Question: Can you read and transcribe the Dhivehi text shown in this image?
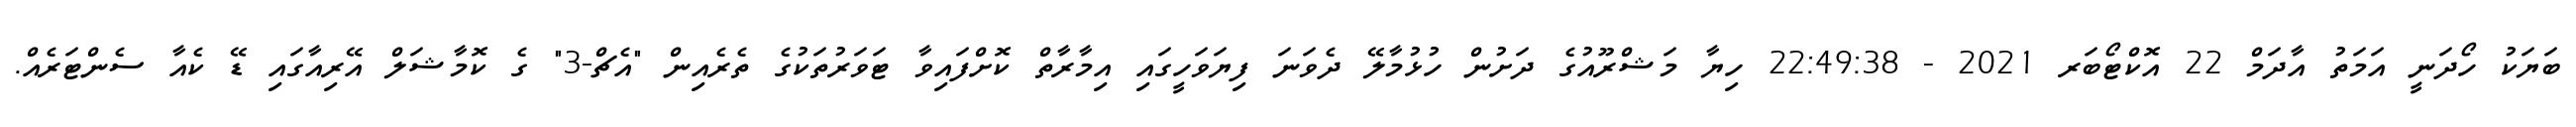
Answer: ބަޔަކު ހޯދަނީ އަމަތު އާދަމް 22 އޮކްޓޯބަރ 2021 - 22:49:38 ހިޔާ މަޝްރޫއުގެ ދަށުން ހުޅުމާލޭ ދެވަނަ ފިޔަވަހީގައި އިމާރާތް ކޮށްފައިވާ ޓަވަރުތަކުގެ ތެރެއިން "އެޗް-3" ގެ ކޮމާޝަލް އޭރިއާގައި ޑޭ ކެއާ ސެންޓަރެއް.